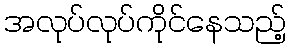
အလုပ်လုပ်ကိုင်နေသည့်